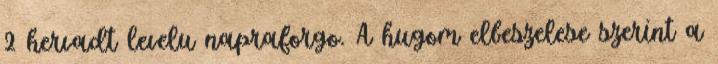
2 hervadt levelu napraforgo. A hugom elbeszelese szerint a